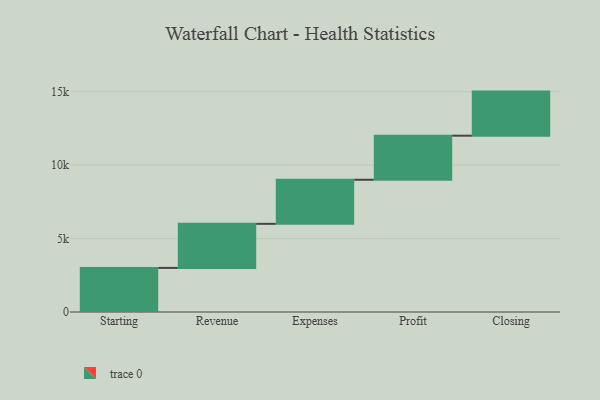
{"axis": {"x": "Step", "y": "Value"}, "legend": [""], "data": [{"x": "Starting", "y": 3000, "type": ""}, {"x": "Revenue", "y": 3000, "type": ""}, {"x": "Expenses", "y": 3000, "type": ""}, {"x": "Profit", "y": 3000, "type": ""}, {"x": "Closing", "y": 3000, "type": ""}]}